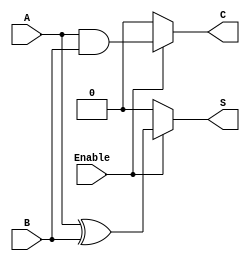
module conditional_half_adder (
    input wire A,      // Single-bit input A
    input wire B,      // Single-bit input B
    input wire Enable, // Control signal
    output reg S,      // Sum output
    output reg C       // Carry output
);

    always @(*) begin
        if (Enable) begin
            S = A ^ B;  // Sum: XOR of A and B
            C = A & B;  // Carry: AND of A and B
        end else begin
            S = 0;      // Set Sum to 0 when Enable is low
            C = 0;      // Set Carry to 0 when Enable is low
        end
    end

endmodule